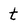
Character: t